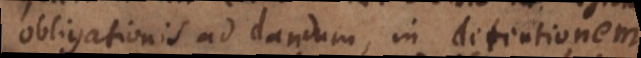
obligationis ad dandum, in detentionem